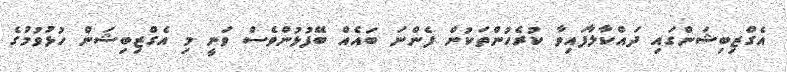
އެގްޒިބިޝަންގައި ދައްކާލާފައިވާ ކުރެހުންތަކުން ފެންނަ ބައެއް ބޭފުޅުންްވެސް ވަނީ މި އެގްޒިބިޝަން ހުޅުވުމުގެ